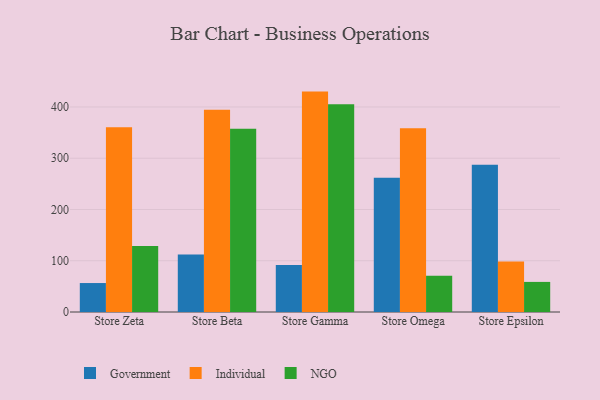
{"axis": {"x": "Store", "y": "Inventory Turnover"}, "legend": ["Government", "Individual", "NGO"], "data": [{"x": "Store Zeta", "y": 56.5, "type": "Government"}, {"x": "Store Zeta", "y": 360.4, "type": "Individual"}, {"x": "Store Zeta", "y": 128.9, "type": "NGO"}, {"x": "Store Beta", "y": 112.2, "type": "Government"}, {"x": "Store Beta", "y": 394.5, "type": "Individual"}, {"x": "Store Beta", "y": 357.7, "type": "NGO"}, {"x": "Store Gamma", "y": 91.5, "type": "Government"}, {"x": "Store Gamma", "y": 430.0, "type": "Individual"}, {"x": "Store Gamma", "y": 405.2, "type": "NGO"}, {"x": "Store Omega", "y": 261.9, "type": "Government"}, {"x": "Store Omega", "y": 358.7, "type": "Individual"}, {"x": "Store Omega", "y": 70.8, "type": "NGO"}, {"x": "Store Epsilon", "y": 287.2, "type": "Government"}, {"x": "Store Epsilon", "y": 98.7, "type": "Individual"}, {"x": "Store Epsilon", "y": 58.7, "type": "NGO"}]}